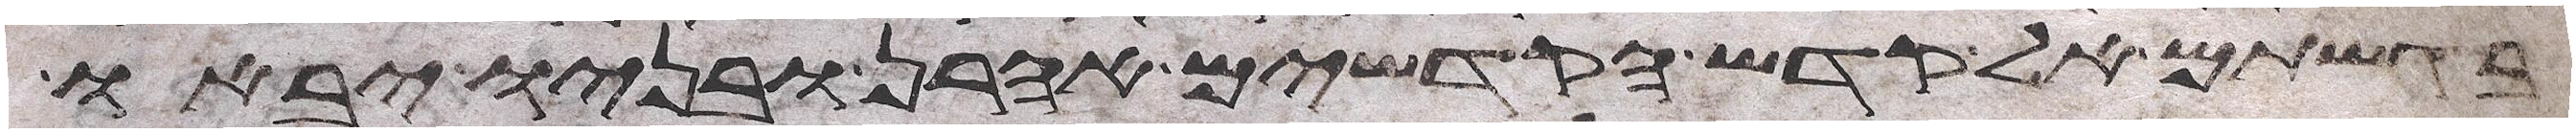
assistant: בגשתם אל קדש הקדשים אהרן ובניו יבאו